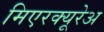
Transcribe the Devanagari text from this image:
मिएरक्यूरेअ